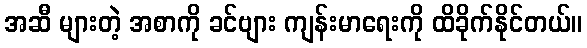
အဆီ များတဲ့ အစာကို ခင်ဗျား ကျန်းမာရေးကို ထိခိုက်နိုင်တယ်။